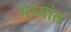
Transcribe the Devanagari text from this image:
मध्यांत